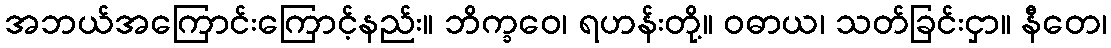
အဘယ်အကြောင်းကြောင့်နည်း။ ဘိက္ခဝေ၊ ရဟန်းတို့။ ဝဓာယ၊ သတ်ခြင်းငှာ။ နီတေ၊